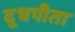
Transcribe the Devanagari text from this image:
दूधपीता